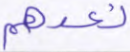
نعدهم